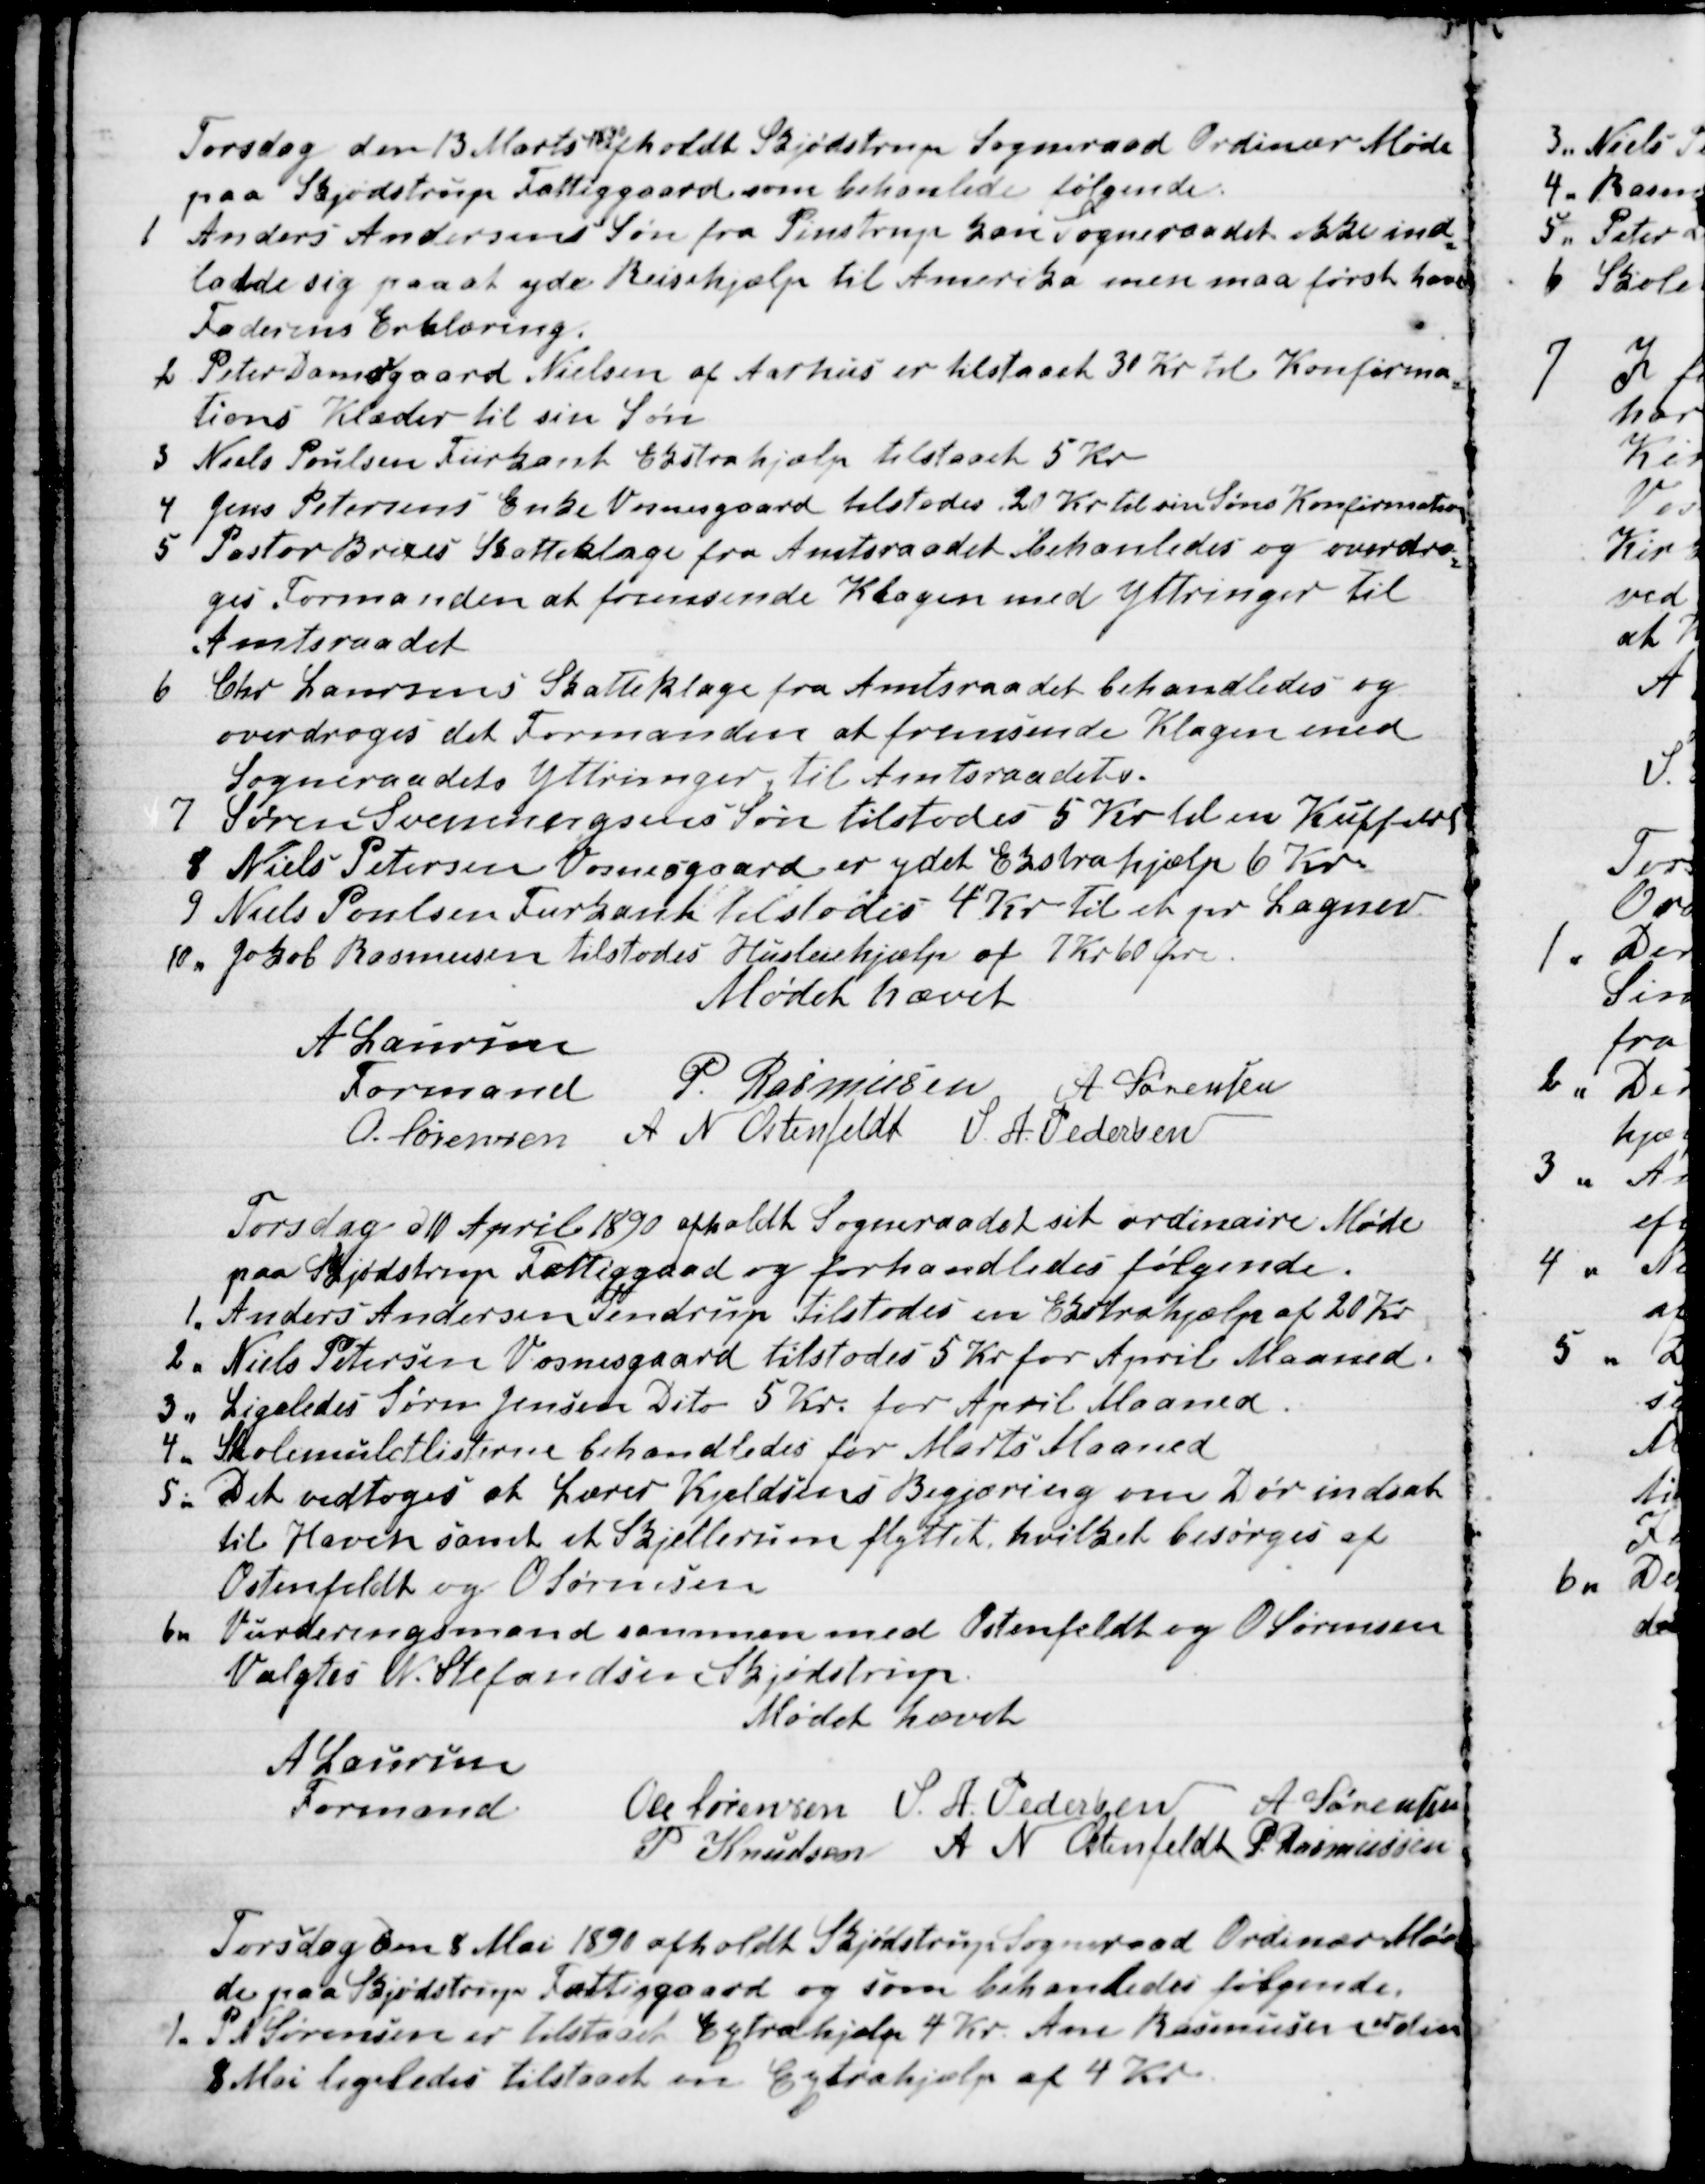
Transskription:
Torsdag den 13 Marts 
1890
afholdt Skjødstrup Sogneraad Ordinær Møde
paa Skjødstrup Fattiggaard som behanlede følgende.
1
Anders Andersens Søn fra Pinstrup kan Sogneraadet ikke ind-
ladde sig paa at yde Reisehjælp til Amerika men maa først have
Faderens Erklæring.
2 Peter Damsgaard Nielsen af Aarhus er tilstaaet 30 Kr til Konfirma-
tions Klæder til sin Søn
3
Niels Poulsen Fiirkant Ekstrahjælp tilstaaet 5 Kr
4 Jens Petersens Enke Vosnesgaard tilstodes 20 Kr til sin Søns Konfirmation
5 Pastor Brixes Skatteklage fra Amtsraadet behanledes og overdro-
ges Formanden at fremsende Klagen med Yttringer til
Amtsraadet
6
Chr Laursens Skatteklage fra Amtsraadet behandledes og
overdroges det Formanden at fremsende Klagen med
Sogneraadets Yttringer til Amtsraadet.
7 Søren Svenningsens Søn tilstodes 5 Kr. til en Kuffert
8 Niels Petersen Vosnesgaard er ydet Ekstrahjælp 6 Kr.
9 Niels Poulsen Fiirkant tilstodes 4 Kr til et pr Lagner.
10. Jakob Rasmussen tilstodes Husleiehjælp af 7 Kr 60 Øre.
Mødet hævet
A Laursen
Formand
P. Rasmussen A Sørensen
O. Sørensen A N Ostenfeldt S. A. Pedersen
Torsdag d 10 April 1890 afholdt Sogneraadet sit ordinaire Møde
paa Skjødstrup Fattiggaad og forhandledes følgende.
1. Anders Andersen Tendrup tilstodes en Extrahjælp af 20 Kr
2. Niels Petersen Vosnesgaard tilstodes 5 Kr for April Maaned.
3. Ligeledes Søren Jensen Dito 5 Kr. for April Maaned
4.
Skolemuktlisterne behandledes for Marts Maaned
5.
Det vedtoges at Lærer Kjeldsens Begjæring om Dør indsat
til Haven samt et Skjellerum flyttet, hvilket besørges af
Ostenfeldt og O. Sørensen
6
Vurderingsmand sammen med Ostenfeldt og O Sørensen
Valgtes N. Stefandsen Skjødstrup.
Mødet hævet
A Laursen
Formand
Ole Sørensen S. A. Pedersen A Sørensen
P Knudsen A N Ostenfeldt P Rasmussen
Torsdag den 8 Mai 1890 afholdt Skjødstrup Sogneraad Ordinær Mø-
de paa Skjødstrup Fattiggaard og som behandledes følgende.
1. P N Sørensen er tilstaaet Extrahjælp 4 Kr Ane Rasmussen er den
8 Mai ligeledes tilstaaet en Extrahjælp af 4 Kr